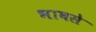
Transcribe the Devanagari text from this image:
भावसे